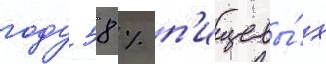
году 58 % п'ищевы́х